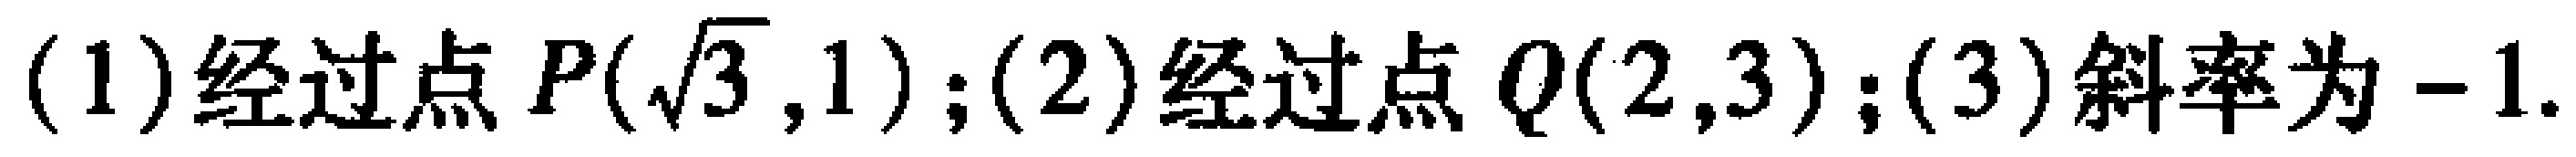
(1)经过点 \(P(\sqrt{3},1)\);(2)经过点 \(Q(2,3)\);(3)斜率为 \(-1\).